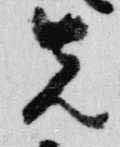
先